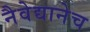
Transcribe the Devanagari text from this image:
नैवेद्यानेच